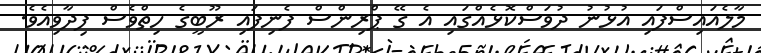
މާލެއައިސްފައި އުޅުނު ދުވަސްކޮޅެއްގައި އެ ގޭ ޕްރިންސް ފެނިފައި ރޫބީގެ ހިތްވެސް ފިދާވިއެވެ.